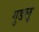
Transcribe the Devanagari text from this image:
गुडलू